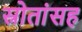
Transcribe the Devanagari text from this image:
स्रोतांसह